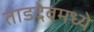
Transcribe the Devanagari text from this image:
ताडदेवमध्ये